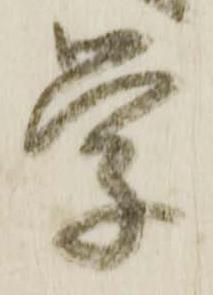
学